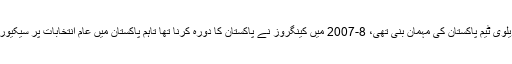
یاد رہے کہ 99-1998میں آخری بار آسٹریلوی ٹیم پاکستان کی مہمان بنی تھی، 8-2007 میں کینگروز نے پاکستان کا دورہ کرنا تھا تاہم پاکستان میں عام انتخابات پر سیکیورٹی کو جواز بناکر یہ دورہ کینسل کردیا تھا۔